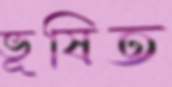
ভূষিত